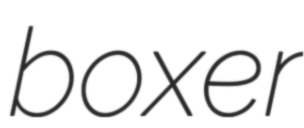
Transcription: boxer